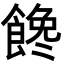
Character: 𩝎